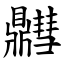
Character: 䵻